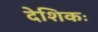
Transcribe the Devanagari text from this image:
देशिकः